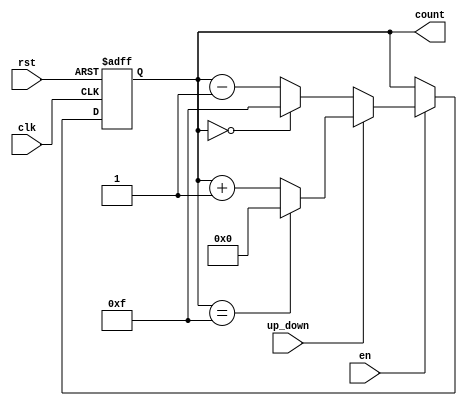
module UpDownCounter #(
    parameter N = 4  // Bit width of the counter
) (
    input wire clk,           // Clock signal
    input wire rst,           // Asynchronous reset signal
    input wire en,            // Enable signal
    input wire up_down,       // Up/Down control signal
    output reg [N-1:0] count  // Count output
);

    // Asynchronous reset and counting logic
    always @(posedge clk or posedge rst) begin
        if (rst) begin
            count <= 0;  // Reset the counter to 0
        end else if (en) begin
            if (up_down) begin
                // Count up
                if (count == {N{1'b1}}) begin
                    count <= 0;  // Wrap around to 0 on overflow
                end else begin
                    count <= count + 1;  // Increment count
                end
            end else begin
                // Count down
                if (count == 0) begin
                    count <= {N{1'b1}};  // Wrap around to max value on underflow
                end else begin
                    count <= count - 1;  // Decrement count
                end
            end
        end
    end

endmodule